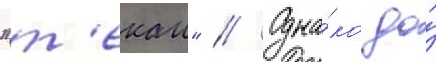
"т'екаи" // Одна́ко до́